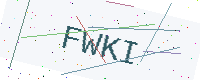
Text: FWKI